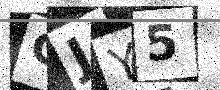
Text: GJY5